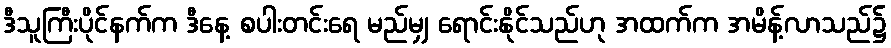
ဒီသူကြီးပိုင်နက်က ဒီနေ့ စပါးတင်းရေ မည်မျှ ရောင်းနိုင်သည်ဟု အထက်က အမိန့်လာသည်၌